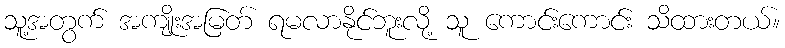
သူ့အတွက် အကျိုးအမြတ် ရမလာနိုင်ဘူးလို့ သူ ကောင်းကောင်း သိထားတယ်။